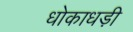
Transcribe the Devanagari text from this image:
धोकाधड़ी